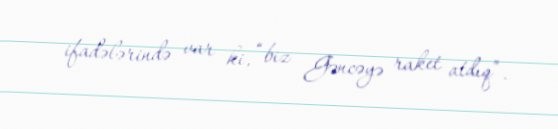
ifadələrində var ki, “biz Gəncəyə raket atdıq”.